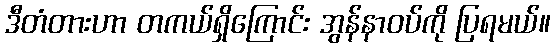
ဒီတံတားဟာ တကယ်ရှိကြောင်း အွန်နာဝပ်ကို ပြရမယ်။